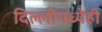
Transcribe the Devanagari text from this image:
दिल्लीमध्येही